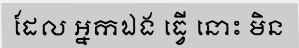
ដែល អ្នកឯង ធ្វើ នោះ មិន